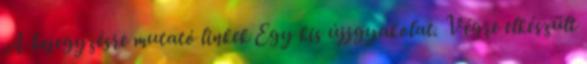
A bejegyzésre mutató linkek Egy kis újjgyakolat. Végre elkészült